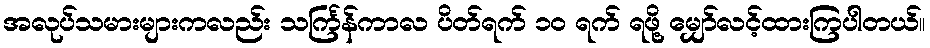
အလုပ်သမားများကလည်း သင်္ကြန်ကာလ ပိတ်ရက် ၁၀ ရက် ရဖို့ မျှော်လင့်ထားကြပါတယ်။